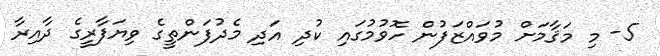
5- މި މަޤާމަށް މުވައްޒަފުން ހޮވުމުގައި ކުދި އަދި މެދުފަންތީގެ ވިޔަފާރީގެ ދާއިރާ